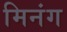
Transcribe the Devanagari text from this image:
मिनंग